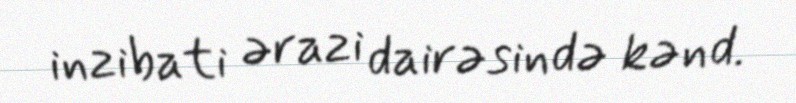
inzibati ərazi dairəsində kənd.